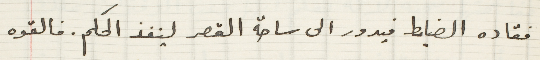
فقاده الضابط فيدور الى ساحة القصر لينفذ الحكم. فالقوه